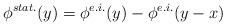
\begin{align*}\phi^{stat.}(y) = \phi^{e.i.}(y) - \phi^{e.i.}(y-x)\end{align*}